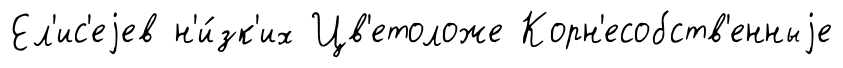
Ел'ис'еjев н'и́зк'их Цв'етоложе Корн'есобств'енныjе